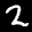
Label: 2